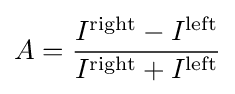
A={\frac {I^{\rm {right}}-I^{\rm {left}}}{I^{\rm {right}}+I^{\rm {left}}}}